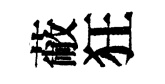
蔽狂